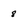
Character: 8